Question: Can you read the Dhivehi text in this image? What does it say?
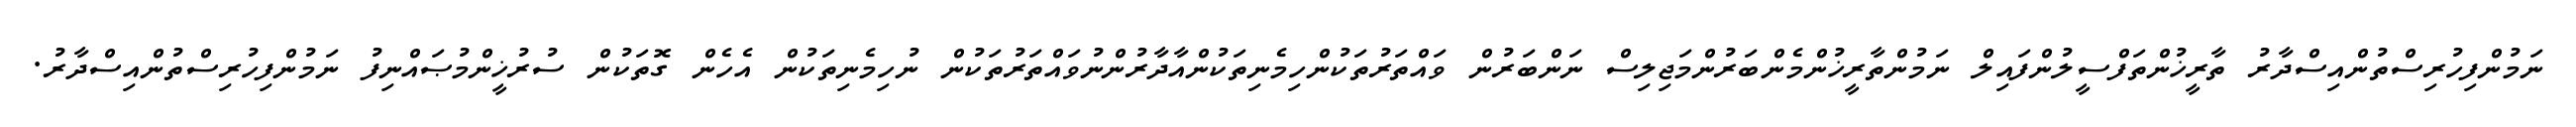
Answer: ނަމުންފިހުރިސްތުންއިސްދާރު ތާރީޚުންތަފްސީލުންފައިލް ނަމުންތާރީޚުންމެންބަރުންމަޖިލިސް ނަންބަރުން ވައްތަރުތަކުންހިމެނިތަކުންއާދާރުންނުވައްތަރުތަކުން ނުހިމެނިތަކުން އެހެން ގޮތަކުން ސުރުޚީންމުޞައްނިފު ނަމުންފިހުރިސްތުންއިސްދާރު.